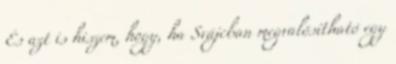
És azt is hiszem, hogy, ha Svájcban megvalósítható egy